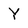
Character: Y